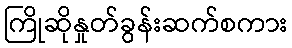
ကြိုဆိုနှုတ်ခွန်းဆက်စကား